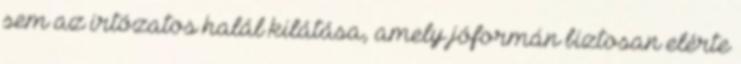
sem az irtózatos halál kilátása, amely jóformán biztosan elérte